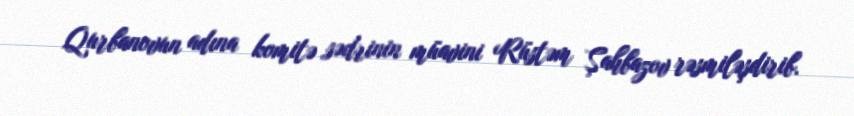
Qurbanovun adına komitə sədrinin müavini Rüstəm Şahbazov rəsmiləşdirib.